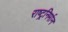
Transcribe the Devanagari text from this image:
राष्ट्रनिर्मान